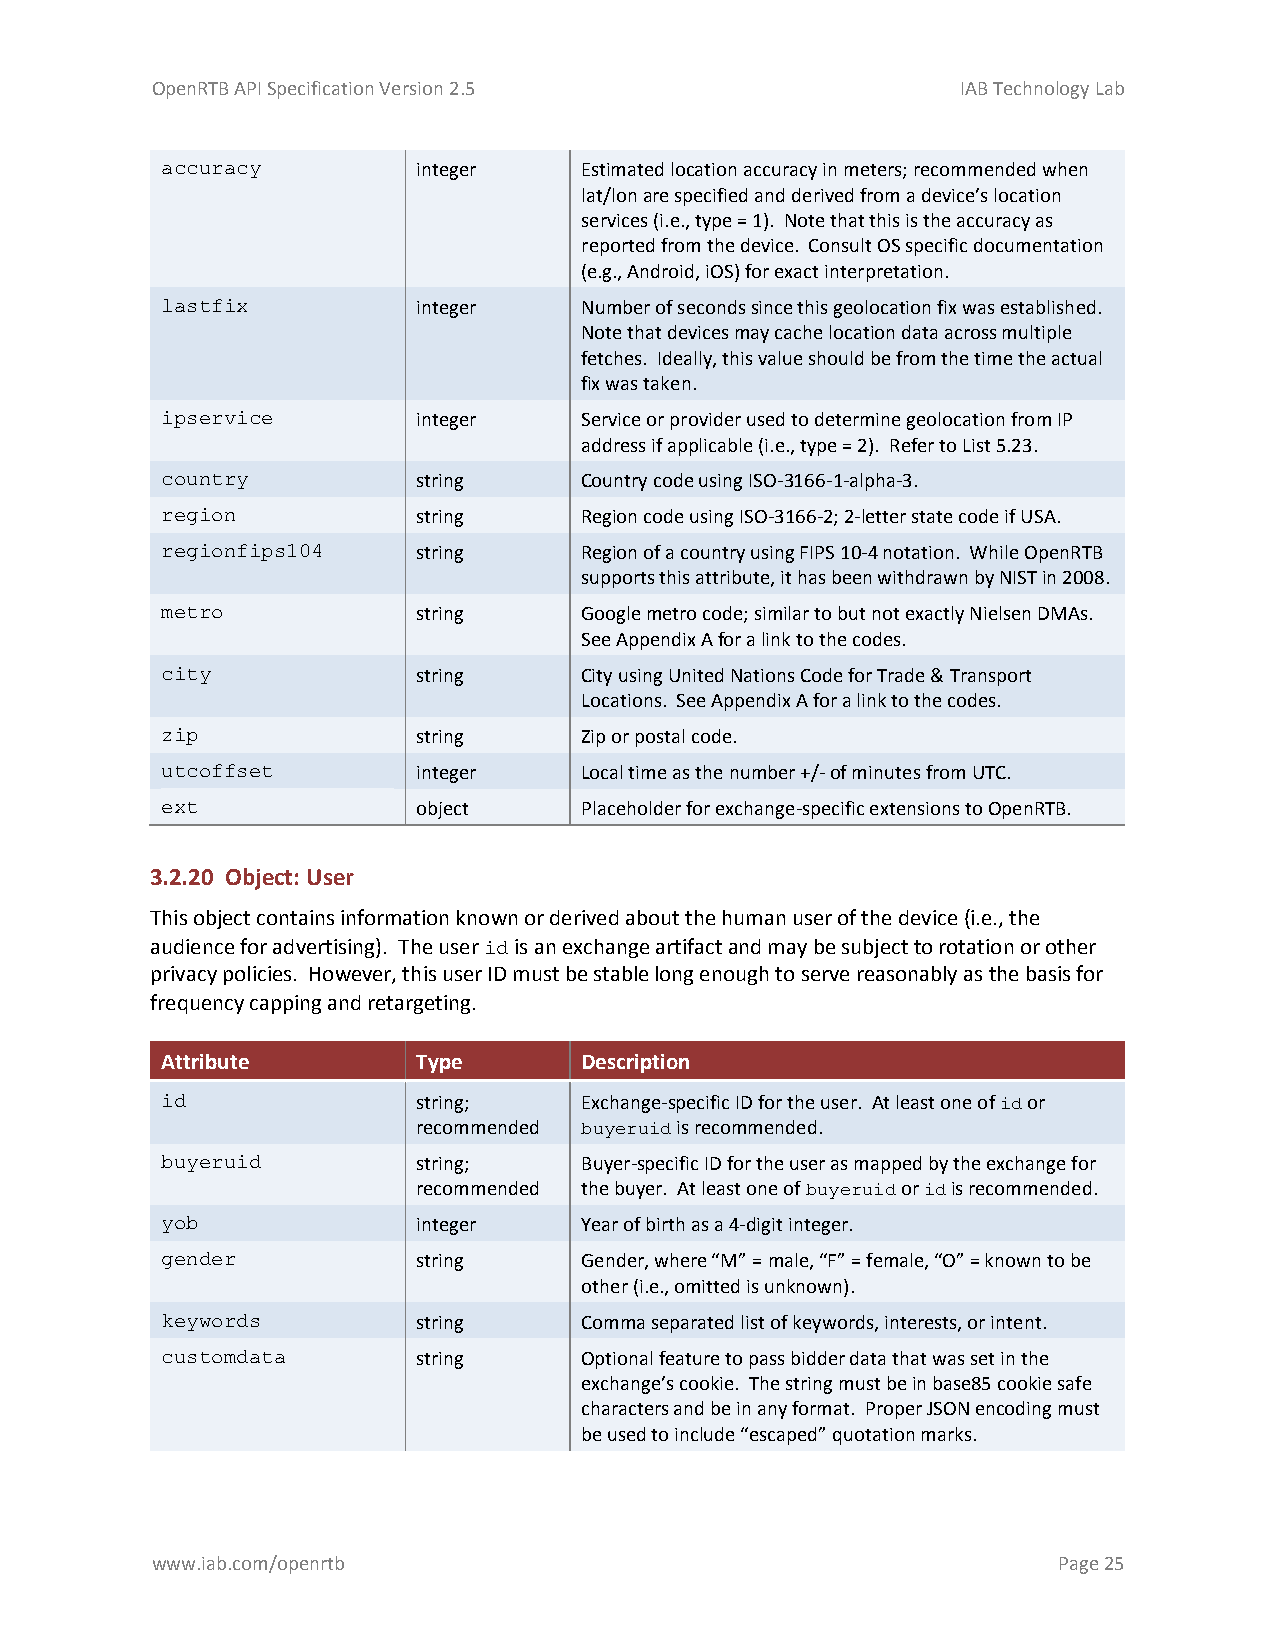
OpenRTB API Specification Version 2.5                 IAB Technology Lab
 accuracy         integer   Estimated location accuracy in meters; recommended when
 lat/lon are specified and derived from a device’s location
 services (i.e., type = 1). Note that this is the accuracy as
 reported from the device. Consult OS specific documentation
 (e.g., Android, iOS) for exact interpretation.
 lastfix          integer   Number of seconds since this geolocation fix was established.
 Note that devices may cache location data across multiple
 fetches. Ideally, this value should be from the time the actual
 fix was taken.
 ipservice        integer   Service or provider used to determine geolocation from IP
 address if applicable (i.e., type = 2). Refer to List 5.23.
 country          string    Country code using ISO-3166-1-alpha-3.
 region           string    Region code using ISO-3166-2; 2-letter state code if USA.
 regionfips104    string    Region of a country using FIPS 10-4 notation. While OpenRTB
 supports this attribute, it has been withdrawn by NIST in 2008.
 metro            string    Google metro code; similar to but not exactly Nielsen DMAs.
 See Appendix A for a link to the codes.
 city             string    City using United Nations Code for Trade & Transport
 Locations. See Appendix A for a link to the codes.
 zip              string    Zip or postal code.
 utcoffset        integer   Local time as the number +/- of minutes from UTC.
 ext              object    Placeholder for exchange-specific extensions to OpenRTB.
 3.2.20 Object: User
 This object contains information known or derived about the human user of the device (i.e., the
 audience for advertising). The user id is an exchange artifact and may be subject to rotation or other
 privacy policies. However, this user ID must be stable long enough to serve reasonably as the basis for
 frequency capping and retargeting.
 Attribute        Type      Description
 id               string;   Exchange-specific ID for the user. At least one of id or
 recommended buyeruid is recommended.
 buyeruid         string;   Buyer-specific ID for the user as mapped by the exchange for
 recommended the buyer. At least one of buyeruid or id is recommended.
 yob              integer   Year of birth as a 4-digit integer.
 gender           string    Gender, where “M” = male, “F” = female, “O” = known to be
 other (i.e., omitted is unknown).
 keywords         string    Comma separated list of keywords, interests, or intent.
 customdata       string    Optional feature to pass bidder data that was set in the
 exchange’s cookie. The string must be in base85 cookie safe
 characters and be in any format. Proper JSON encoding must
 be used to include “escaped” quotation marks.
 www.iab.com/openrtb                                         Page 25